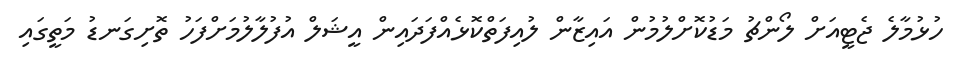
ހުޅުމާލެ ޖެޓީއަށް ލޯންޗު މަޑުކޮށްލުމުން އައިޒާން ލުއިފަތްކޮޅެއްފަދައިން އީޝަލް އުފުލާލުމަށްފަހު ތޮށިގަނޑު މަތީގައި